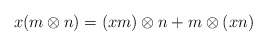
\begin{align*} x(m\otimes n)=(xm)\otimes n + m\otimes (xn)\end{align*}